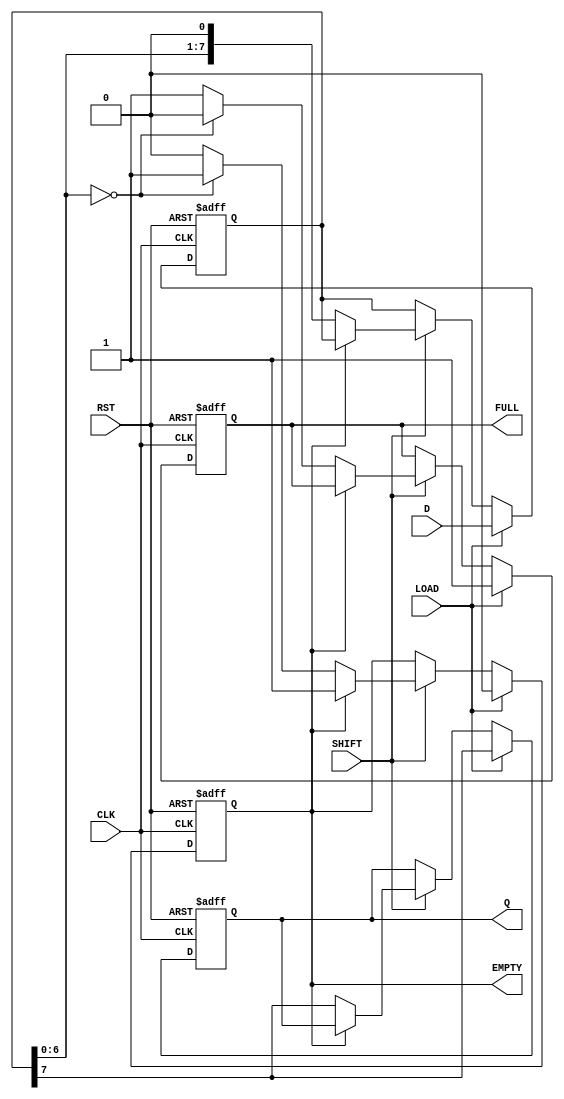
module PISO_Register #(
    parameter N = 8 // Parameter for the width of the parallel input
)(
    input wire [N-1:0] D,      // Parallel data input
    input wire LOAD,            // Load control signal
    input wire SHIFT,           // Shift control signal
    input wire CLK,             // Clock input
    input wire RST,             // Asynchronous reset
    output reg Q,               // Serial output
    output reg EMPTY,           // Empty flag
    output reg FULL             // Full flag
);

    reg [N-1:0] shift_reg;      // Internal shift register

    // Asynchronous reset and load/shift operation
    always @(posedge CLK or posedge RST) begin
        if (RST) begin
            shift_reg <= {N{1'b0}}; // Clear the register
            Q <= 1'b0;
            EMPTY <= 1'b1; // Register is empty after reset
            FULL <= 1'b0;  // Register is not full
        end else begin
            if (LOAD) begin
                shift_reg <= D; // Load parallel data into the register
                Q <= shift_reg[N-1]; // Output the MSB
                EMPTY <= 1'b0; // Register is now full
                FULL <= 1'b1;  // Register is full
            end else if (SHIFT) begin
                if (!EMPTY) begin
                    Q <= shift_reg[N-1]; // Output the MSB
                    shift_reg <= {shift_reg[N-2:0], 1'b0}; // Shift right
                    // Update EMPTY and FULL flags
                    if (shift_reg[N-2:0] == {N-1{1'b0}}) begin
                        EMPTY <= 1'b1; // Register is empty after shift
                        FULL <= 1'b0;  // Register is not full
                    end else begin
                        EMPTY <= 1'b0; // Register is not empty
                        FULL <= 1'b1;  // Register is still full
                    end
                end
            end
        end
    end

endmodule